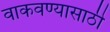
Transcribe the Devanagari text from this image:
वाकवण्यासाठी